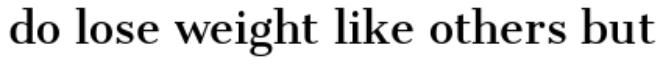
do lose weight like others but